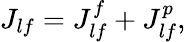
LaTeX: J_{lf}=J_{lf}^{f}+J_{lf}^{p},